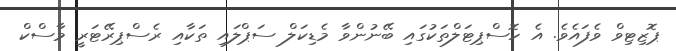
ޕޮޒިޓިވް ވެފައެވެ. އެ ހޮސްޕިޓަލްތަކުގައި ބޭނުންވާ މެޑިކަލް ސަޕްލައި ތަކާއި ރެސްޕިރޭޓަރީ މާސްކް